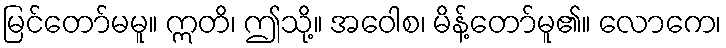
မြင်တော်မမူ။ ဣတိ၊ ဤသို့။ အဝေါစ၊ မိန့်တော်မူ၏။ လောကေ၊